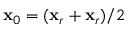
{ \bf x } _ { 0 } = ( { \bf x } _ { r } + { \bf x } _ { r } ) / 2